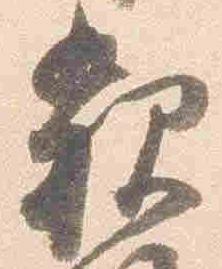
親